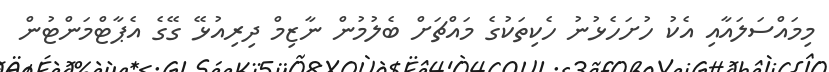
މިމައްސަލައާއި އެކު ހުށަހެޅުނު ހެކިތަކުގެ މައްޗަށް ބެލުމުން ނާޒިމް ދިރިއުޅޭ ގޭގެ އެޕާޓްމަންޓުން